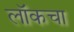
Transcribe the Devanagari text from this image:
लॉकचा